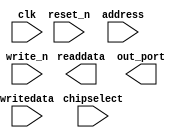
module KBandIPsubPro_pio_0 (
		input  wire        clk,        //                 clk.clk
		input  wire        reset_n,    //               reset.reset_n
		input  wire [1:0]  address,    //                  s1.address
		input  wire        write_n,    //                    .write_n
		input  wire [31:0] writedata,  //                    .writedata
		input  wire        chipselect, //                    .chipselect
		output wire [31:0] readdata,   //                    .readdata
		output wire [31:0] out_port    // external_connection.export
	);
endmodule